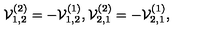
{ \cal V } _ { 1 , 2 } ^ { ( 2 ) } = - { \cal V } _ { 1 , 2 } ^ { ( 1 ) } , { \cal V } _ { 2 , 1 } ^ { ( 2 ) } = - { \cal V } _ { 2 , 1 } ^ { ( 1 ) } ,